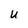
Character: u